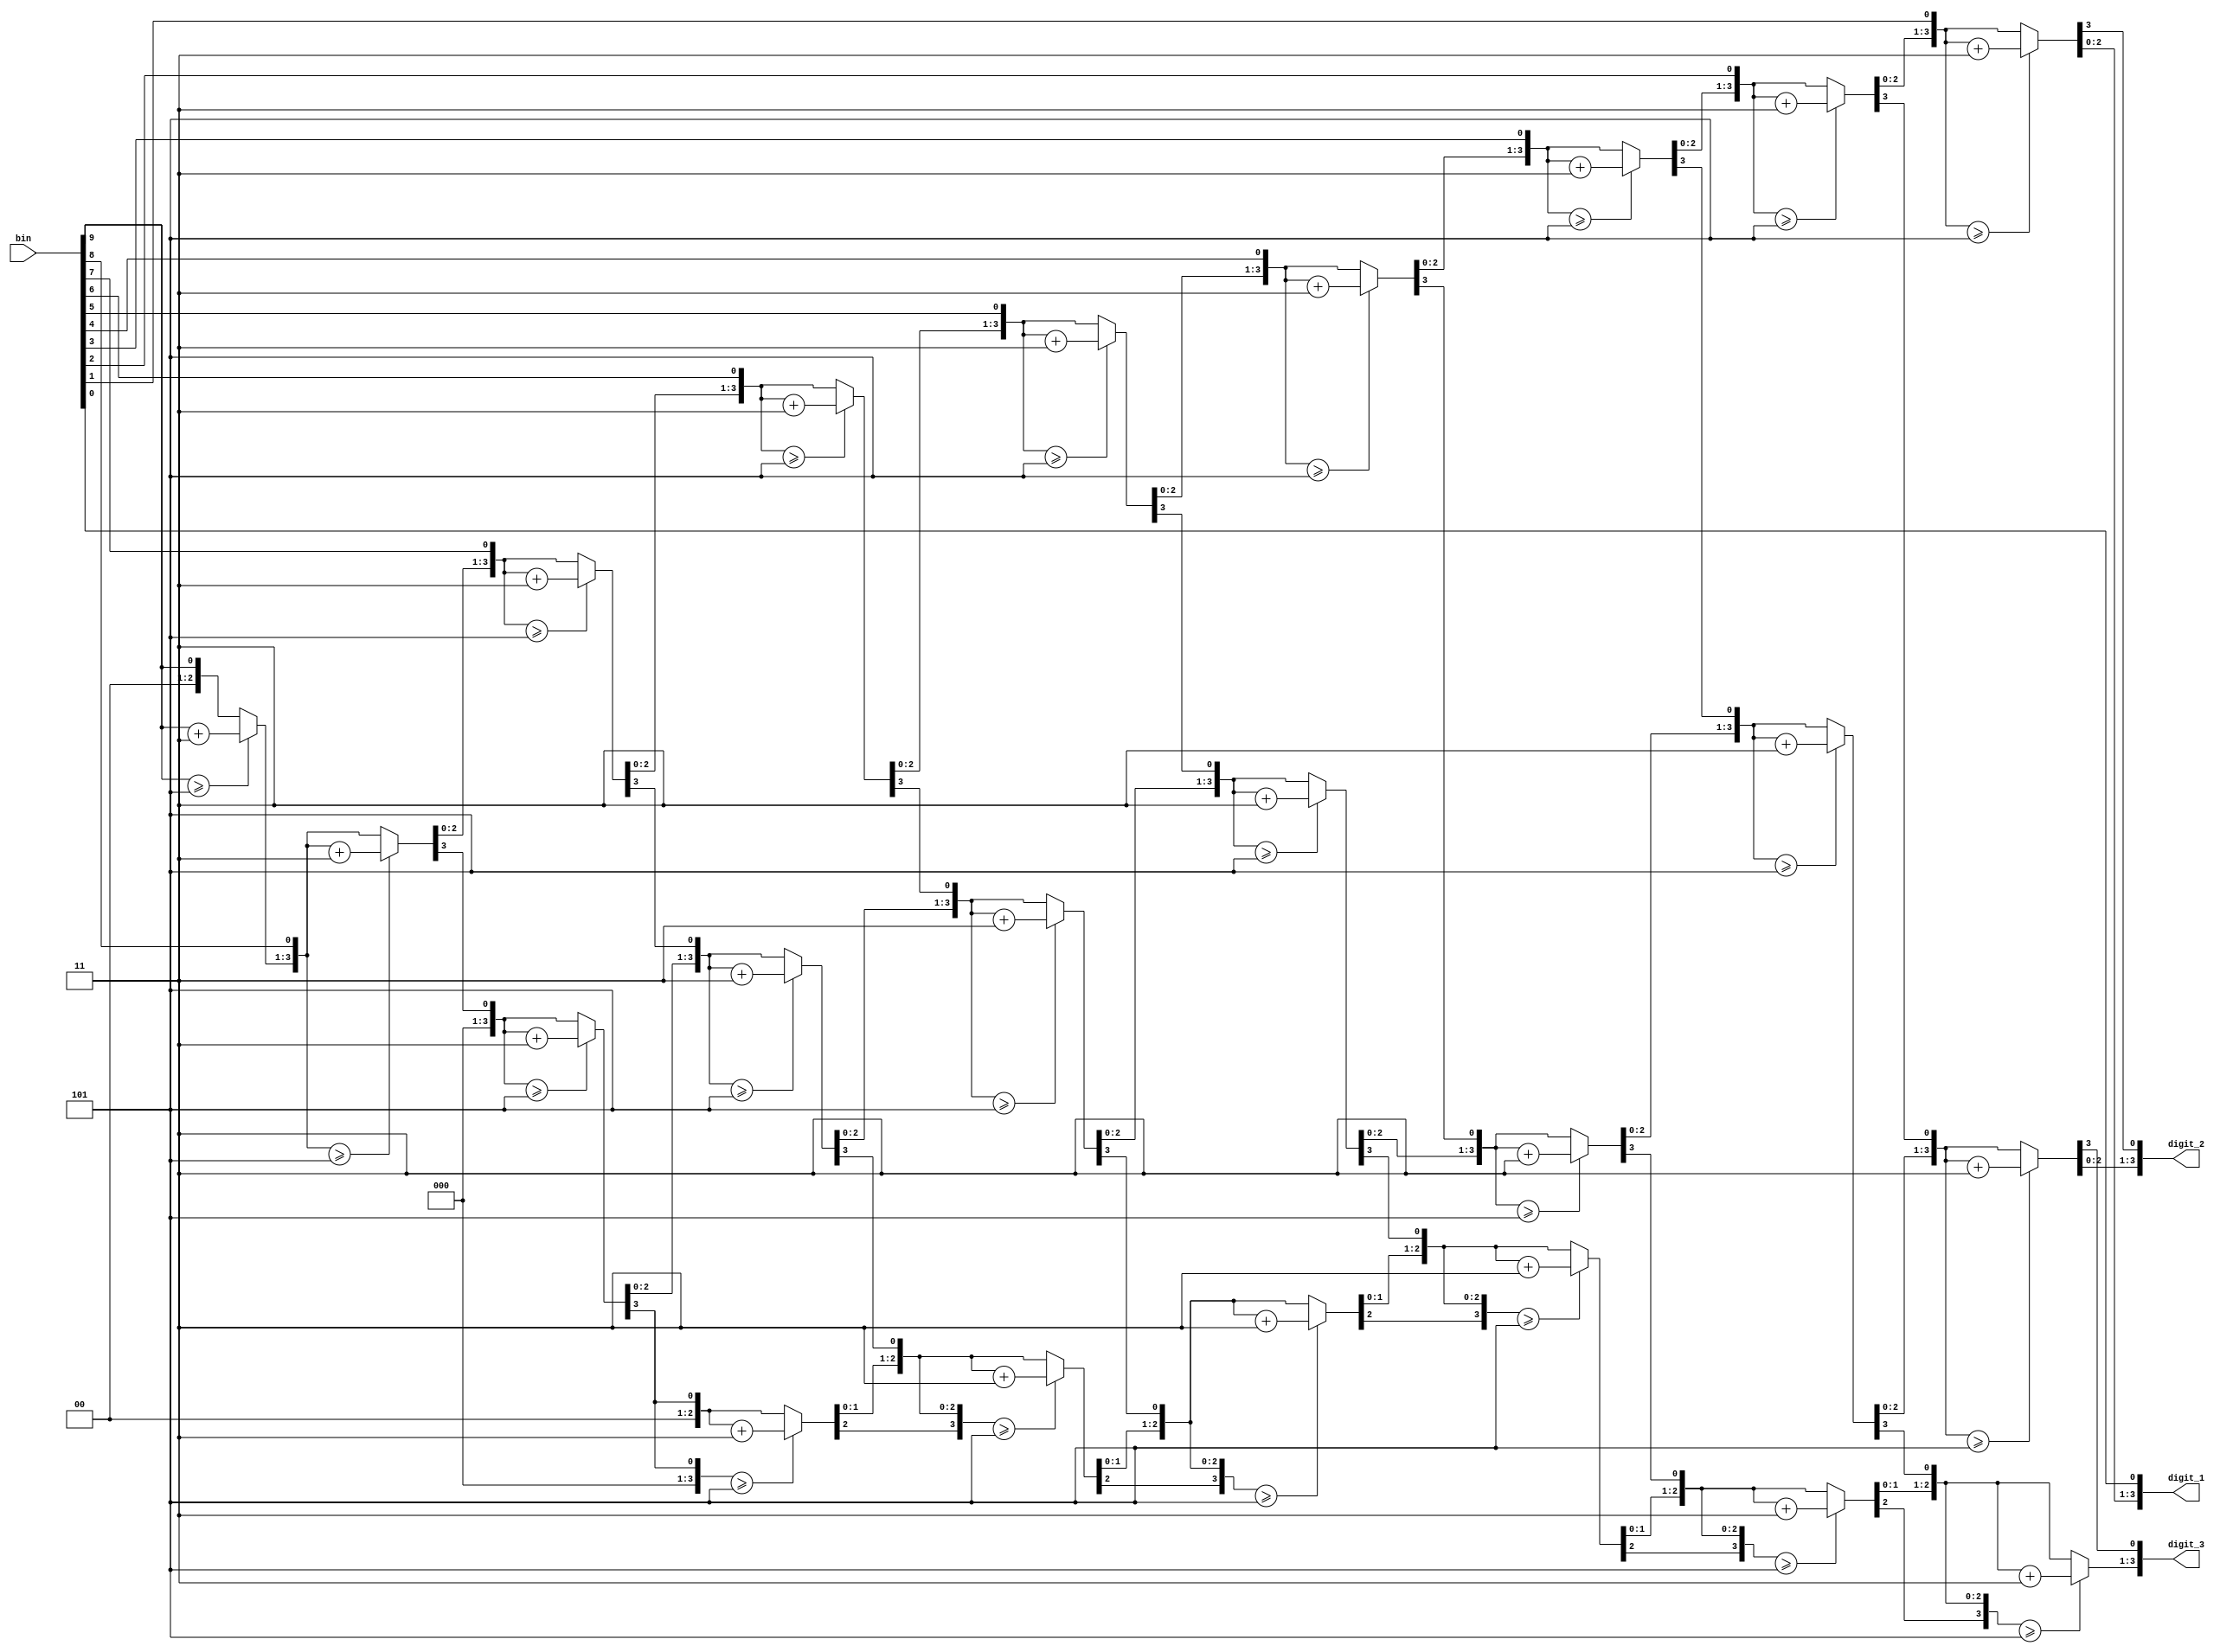
module score_to_bcd(
   input [9:0] bin,
   output reg [3:0] digit_3,
	output reg [3:0] digit_2,
	output reg [3:0] digit_1
   );
reg [11:0] bcd;

integer i;

always @(bin) begin
    bcd=0;		 	
    for (i=0;i<10;i=i+1) begin					//Iterate once for each bit in input number
        if (bcd[3:0] >= 5) bcd[3:0] = bcd[3:0] + 3;		//If any BCD digit is >= 5, add three
	if (bcd[7:4] >= 5) bcd[7:4] = bcd[7:4] + 3;
	if (bcd[11:8] >= 5) bcd[11:8] = bcd[11:8] + 3;
	bcd = {bcd[10:0],bin[9-i]};				//Shift one bit, and shift in proper bit from input 
   end
	digit_3<=bcd[11:8];
	digit_2<=bcd[7:4];
	digit_1<=bcd[3:0];
end
endmodule